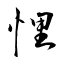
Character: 悝